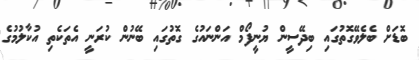
ބޮޑަށް ބެލެވޭގޮތުގައި ބިދޭސީން ޔުނީފޯމް އަންނައުުގެ ގޮތުގައި ބޭނުން ކުރަނީ އެތަކެތި އުކާލުމުގެ